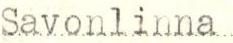
Savonlinna